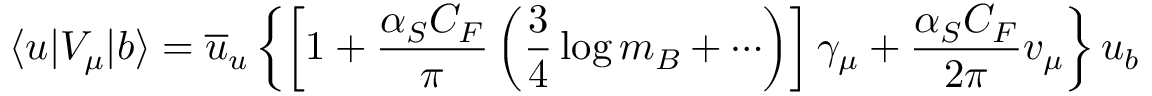
\langle u | V _ { \mu } | b \rangle = \overline { { { u } } } _ { u } \left\{ \left[ 1 + \frac { \alpha _ { S } C _ { F } } { \pi } \left( \frac { 3 } { 4 } \log m _ { B } + \cdots \right) \right] \gamma _ { \mu } + \frac { \alpha _ { S } C _ { F } } { 2 \pi } v _ { \mu } \right\} u _ { b }